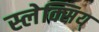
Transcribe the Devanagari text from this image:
स्लेक्सिय्